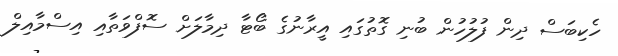
ހެކިބަސް ދިން ފުލުހުން ބުނި ގޮތުގައި އީރާނުގެ ބޯޓާ ދިމާލަށް ސޮފްވަތާއި އިސްމާއިލް